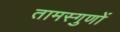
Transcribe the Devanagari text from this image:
तामस्गुणों